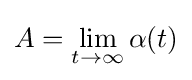
A=\lim _{t\rightarrow \infty }\alpha (t)